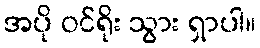
အပို ဝင်ရိုး သွား ရှာပါ။